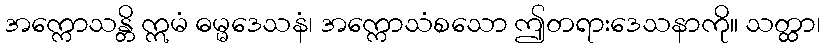
အက္ကောသန္တိ ဣမံ ဓမ္မဒေသနံ၊ အက္ကောသံစသော ဤတရားဒေသနာကို။ သတ္ထာ၊